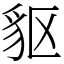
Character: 䝙